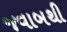
જવાબથી